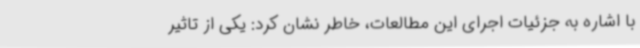
با اشاره به جزئیات اجرای این مطالعات، خاطر نشان کرد: یکی از تاثیر